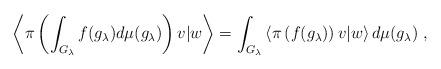
LaTeX: \begin{align*}\left\langle \pi\left(\int_{G_\lambda}f(g_\lambda)d\mu(g_\lambda)\right)v|w\right\rangle=\int_{G_\lambda}\left\langle \pi\left(f(g_\lambda)\right)v|w\right\rangle d\mu(g_\lambda)\;,\end{align*}